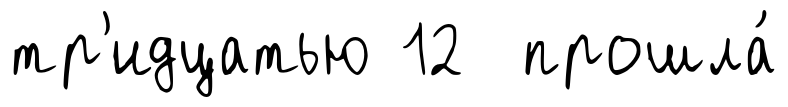
тр'идцатью 12 прошла́